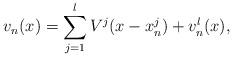
LaTeX: \begin{align*}v_n(x) = \sum_{j=1}^l V^j(x-x^j_n) + v^l_n(x),\end{align*}